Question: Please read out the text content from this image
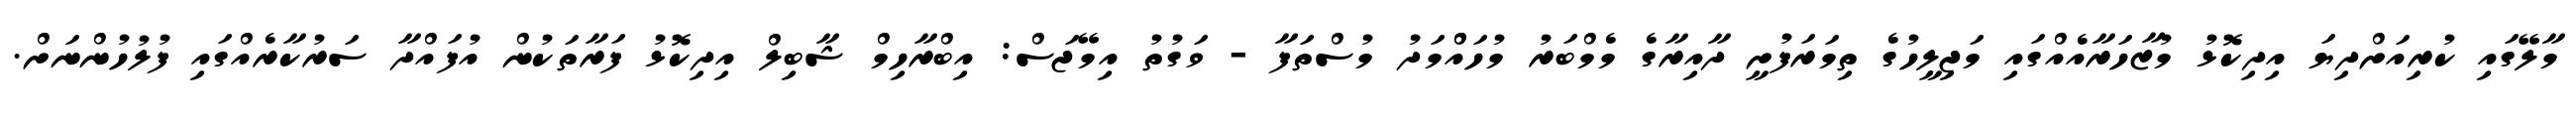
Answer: މާލޭގައި ކުރިއަށްދިޔަ އިދިކޮޅު މުޒާހަރާއެއްގައި މަޖިލީހުގެ ތިމަރަފުށީ ދާއިރާގެ މެމްބަރު މުހައްްމަދު މުސްތަފާ - ވަގުތު އިމޭޖަސް: އިބްރާހިމް ޝާބިލް އިދިކޮޅު ފަރާތަކުން އުފައްދާ ސަރުކާރެއްގައި ފުލުހުންނަށް.